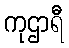
ကုဌာရီ